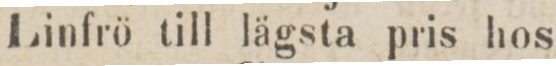
Linfrö till lägsta pris hos